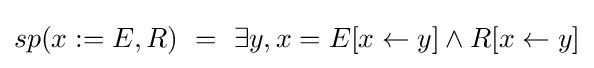
sp(x:=E,R)\ =\ \exists y,x=E[x\leftarrow y]\wedge R[x\leftarrow y]